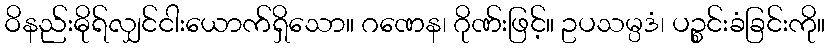
ဝိနည်းဓိုရ်လျှင်ငါးယောက်ရှိသော။ ဂဏေန၊ ဂိုဏ်းဖြင့်။ ဥပသမ္ပဒံ၊ ပဉ္စင်းခံခြင်းကို။